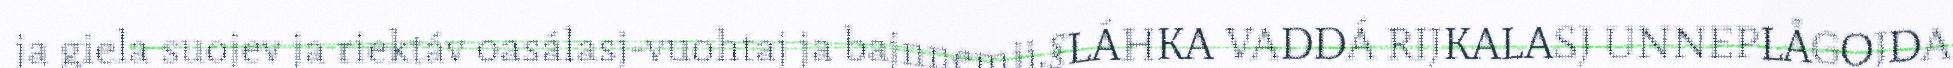
ja giela suojev ja riektáv oasálasj-vuohtaj ja bajnnemij.§LÁHKA VADDÁ RIJKALASJ UNNEPLÅGOJDA